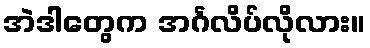
အဲဒါတွေက အင်္ဂလိပ်လိုလား။